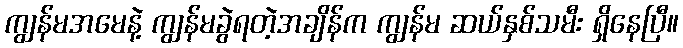
ကျွန်မအမေနဲ့ ကျွန်မခွဲရတဲ့အချိန်က ကျွန်မ ဆယ်နှစ်သမီး ရှိနေပြီ။